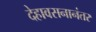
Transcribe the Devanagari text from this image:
देहावसनानंतर